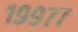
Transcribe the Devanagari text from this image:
१९९७७